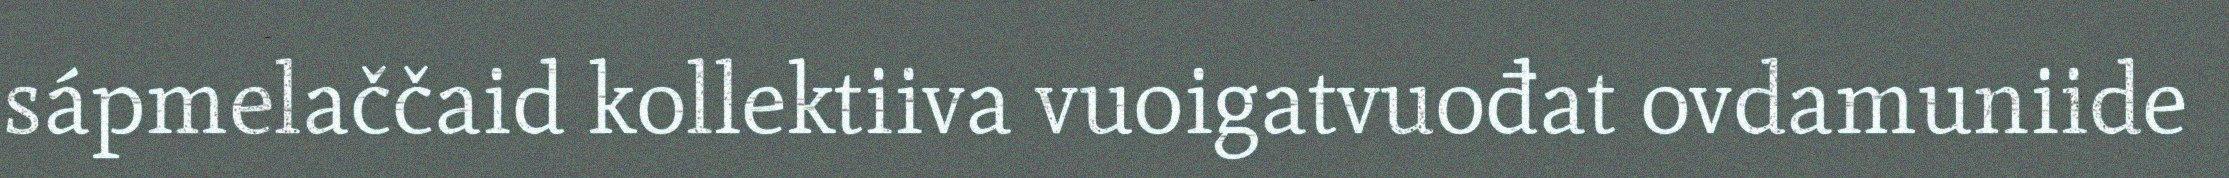
sápmelaččaid kollektiiva vuoigatvuođat ovdamuniide